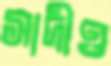
সাদীও